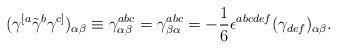
LaTeX: \begin{align*}(\gamma^{[a}\tilde\gamma^{b}\gamma^{c]})_{\alpha\beta}\equiv \gamma^{abc}_{\alpha\beta}=\gamma^{abc}_{\beta\alpha}=-{1\over 6}\epsilon^{abcdef}(\gamma_{def})_{\alpha\beta}.\end{align*}